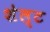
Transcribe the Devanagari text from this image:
शेल्ट